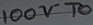
Text: 100VTO